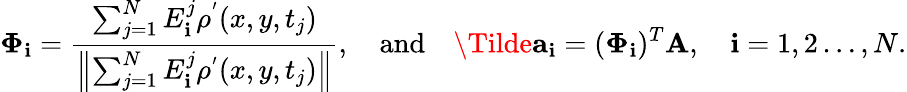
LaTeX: \boldsymbol{\Phi}_{\mathbf{i}}=\frac{{\sum_{j=1}^{N}E_{\mathbf{i}}^{j}\rho^{'}(x,y,t_{j})}}{{\left\| \sum_{j=1}^{N}E_{\mathbf{i}}^{j}\rho^{'}(x,y,t_{j})\right\| }},\quad\mathrm{{and}}\quad\Tilde{\mathbf{{a}}}_{\mathbf{i}}=(\mathbf{{\Phi}}_{\mathbf{i}})^{T}\mathbf{{A}},\quad\mathbf{i}=1,2\ldots,N.